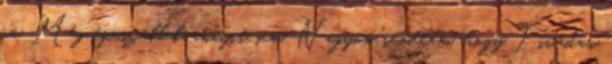
rá. Még épeszűbbek annyit sem. Nagyon remélem, hogy Tivadar